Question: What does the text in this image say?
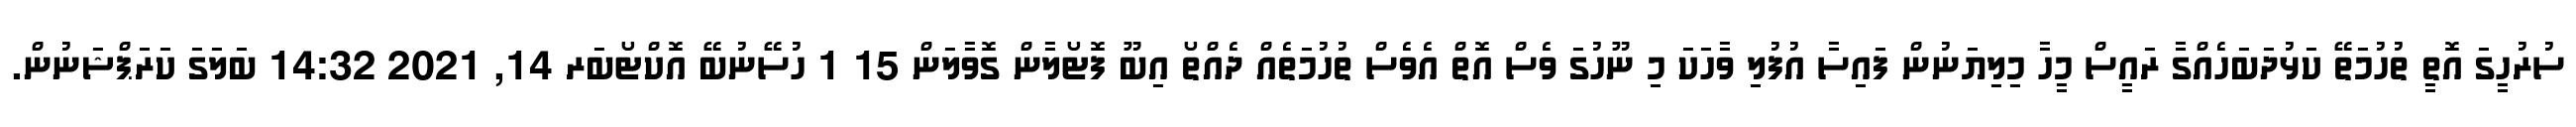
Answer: ސުރުހީގަ އޮތީ ތުހުމަތޭ ކަޅުދަބަހެއްގާ ރައީސް މީހާ މިލިޔަނުން ފައިސާ އުފުލި ވާހަކަ މި ނޫހުގަ ވެސް އޮތް އެވެސް ތުހުމަތެއް ދެއްތޯ އިބޫ ފޮޓޯލާން ގޮވާލަން 15 1 ހުސޭނުބޭ އޮކްޓޯބަރ 14, 2021 14:32 ބަލަގަ ކަރަޕްޝަނުން.